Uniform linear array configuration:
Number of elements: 24
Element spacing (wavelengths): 0.75
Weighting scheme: binomial
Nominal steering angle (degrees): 30
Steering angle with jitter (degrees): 30.663
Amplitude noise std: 0.05
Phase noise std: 0.05

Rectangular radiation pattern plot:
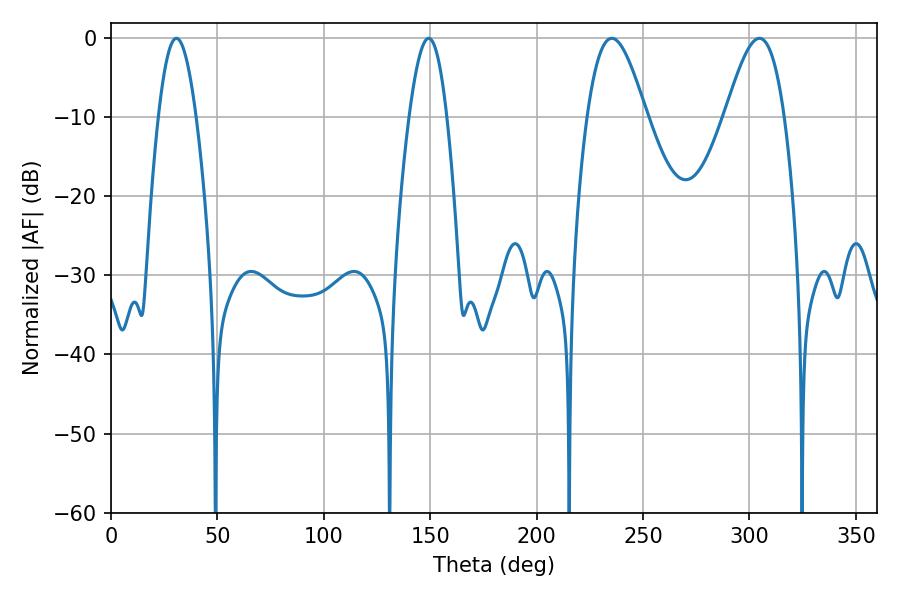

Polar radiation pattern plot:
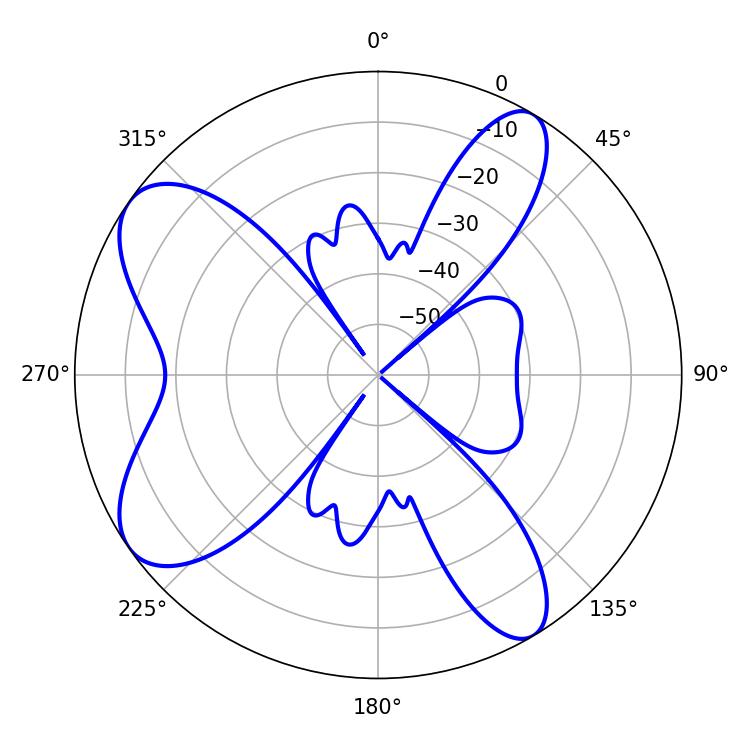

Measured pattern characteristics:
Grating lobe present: TRUE
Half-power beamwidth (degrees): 14.94
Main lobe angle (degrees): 235.26